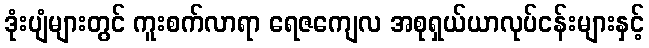
ဒုံးပျံများတွင် ကူးစက်လာရာ ရေဇကျေလ အစုရှယ်ယာလုပ်ငန်းများနှင့်